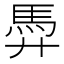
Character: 馵